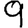
Digit: 9